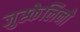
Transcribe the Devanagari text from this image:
जुस्केलिनो